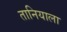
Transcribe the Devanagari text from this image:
तानियाला